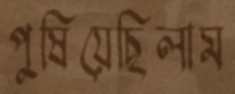
পুষিয়েছিলাম